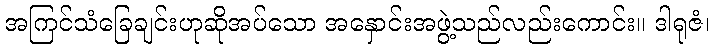
အကြင်သံခြေချင်းဟုဆိုအပ်သော အနှောင်းအဖွဲ့သည်လည်းကောင်း။ ဒါရုဇံ၊